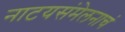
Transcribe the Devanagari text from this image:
नाटयसंमेलनाचं